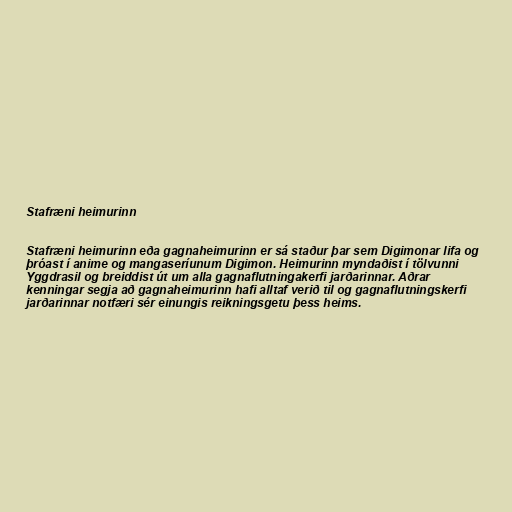
Stafræni heimurinn

Stafræni heimurinn eða gagnaheimurinn er sá staður þar sem Digimonar lifa og
þróast í anime og mangaseríunum Digimon. Heimurinn myndaðist í tölvunni
Yggdrasil og breiddist út um alla gagnaflutningakerfi jarðarinnar. Aðrar
kenningar segja að gagnaheimurinn hafi alltaf verið til og gagnaflutningskerfi
jarðarinnar notfæri sér einungis reikningsgetu þess heims.